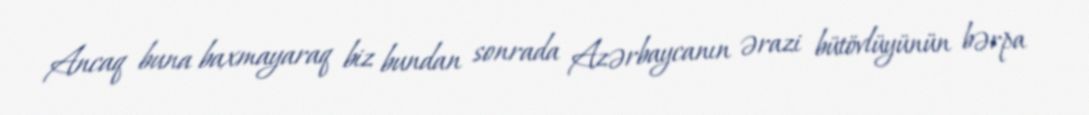
Ancaq buna baxmayaraq biz bundan sonrada Azərbaycanın ərazi bütövlüyünün bərpa